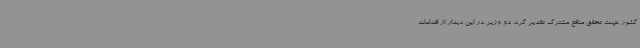
کشور جهت تحقق منافع مشترک تقدیر کرد. دو وزیر در این دیدار از اقدامات